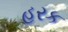
હરક